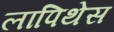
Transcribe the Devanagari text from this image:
लापिथेस